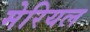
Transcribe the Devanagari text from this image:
मेरियल